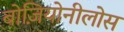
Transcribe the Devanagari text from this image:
बोज़ियोनीलोस